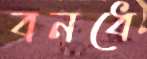
বনধে